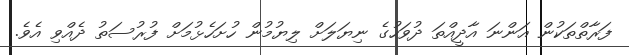
ފަރާތްތަކުން އަންނަ އާދީއްތަ ދުވަހުގެ ނިޔަލަށް ލިޔުމުން ހުށަހެޅުމަށް ފުރުސަތު ދެއްވި އެވެ.